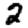
Digit: 2